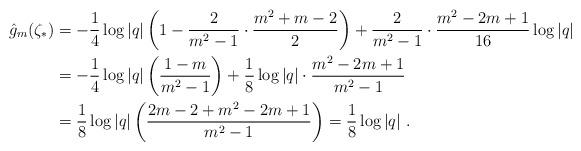
LaTeX: \begin{align*}\hat{g}_m(\zeta_*) &= -\frac{1}{4} \log |q| \left(1-\frac{2}{m^2-1}\cdot \frac{m^2+m-2}{2}\right) +\frac{2}{m^2-1} \cdot \frac{m^2-2m+1}{16}\log|q|\\&=-\frac{1}{4}\log|q| \left(\frac{1-m}{m^2-1}\right) + \frac{1}{8}\log|q| \cdot \frac{m^2-2m+1}{m^2-1}\\& = \frac{1}{8}\log|q| \left(\frac{2m-2+m^2-2m+1}{m^2-1}\right) = \frac{1}{8} \log|q|\ .\end{align*}